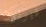
فيرنون